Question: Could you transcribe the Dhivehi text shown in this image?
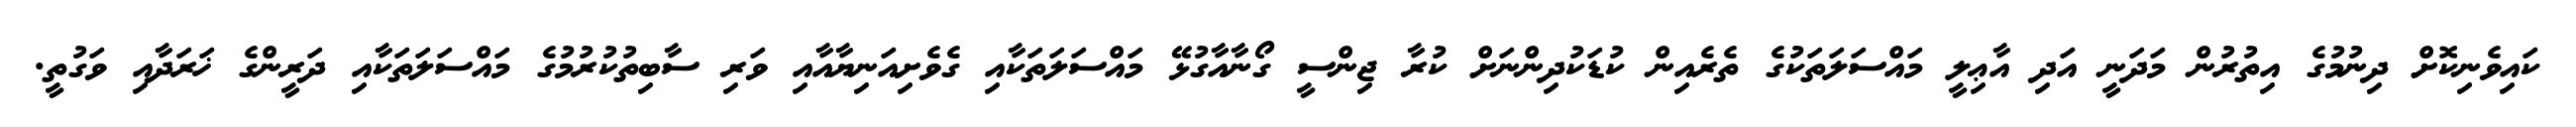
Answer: ކައިވެނިކޮށް ދިނުމުގެ އިތުރުން މަދަނީ އަދި އާޢިލީ މައްސަލަތަކުގެ ތެރެއިން ކުޑަކުދިންނަށް ކުރާ ޖިންސީ ގޯނާއާގުޅޭ މައްސަލަތަކާއި ގެވެށިއަނިޔާއާއި ވަރި ސާބިތުކުރުމުގެ މައްސަލަތަކާއި ދަރީންގެ ޚަރަދާއި ވަގުތީ.